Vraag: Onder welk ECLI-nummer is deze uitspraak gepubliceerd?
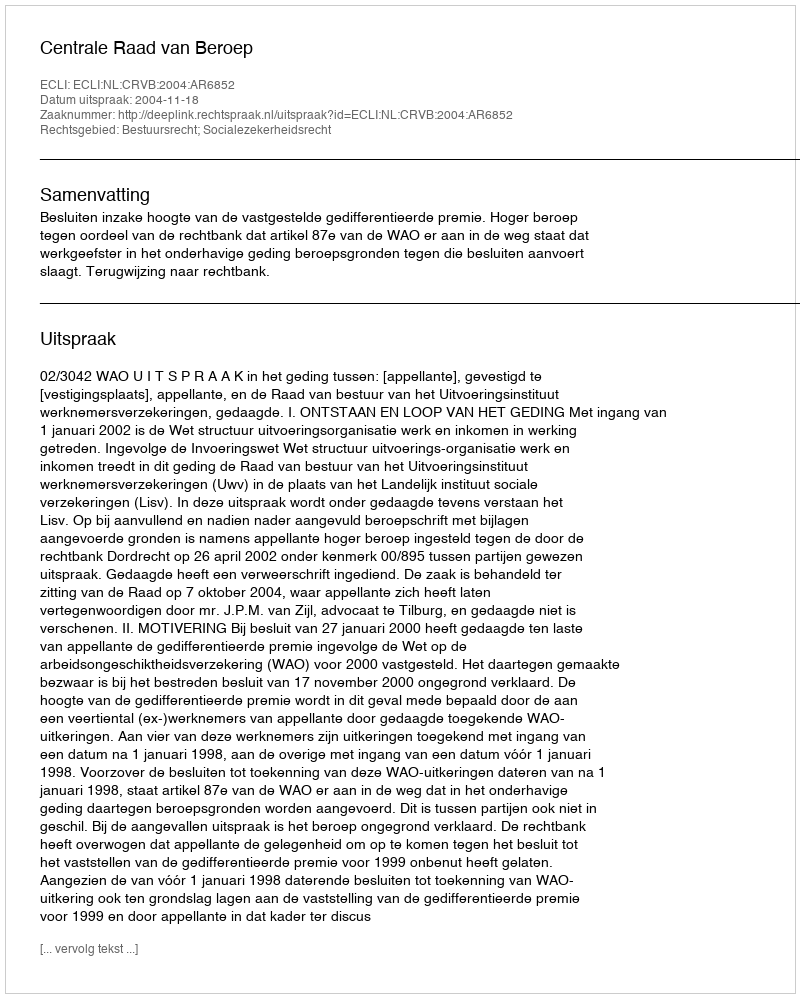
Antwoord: ECLI:NL:CRVB:2004:AR6852